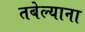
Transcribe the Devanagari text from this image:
तबेल्याना